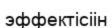
эффектісіін